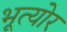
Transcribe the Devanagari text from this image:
भूत्योर